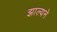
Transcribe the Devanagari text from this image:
झाल्यने